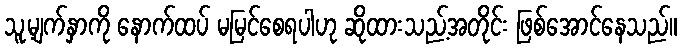
သူ့မျက်နှာကို နောက်ထပ် မမြင်စေရပါဟု ဆိုထားသည့်အတိုင်း ဖြစ်အောင်နေသည်။